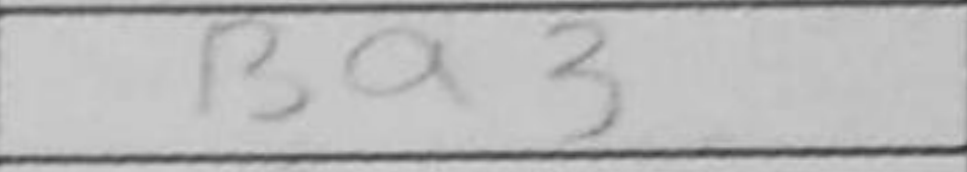
Transcription: Ba3